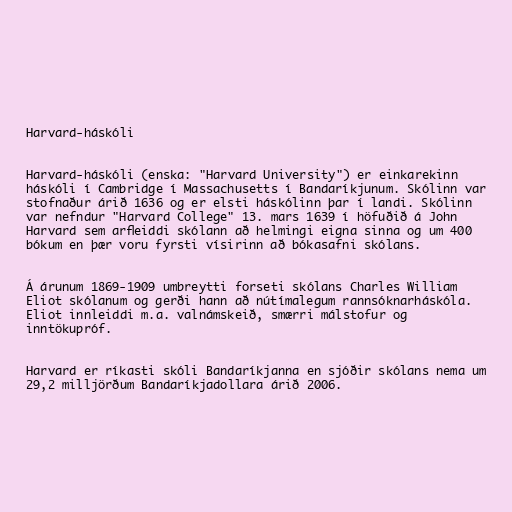
Harvard-háskóli

Harvard-háskóli (enska: "Harvard University") er einkarekinn
háskóli í Cambridge í Massachusetts í Bandaríkjunum. Skólinn var
stofnaður árið 1636 og er elsti háskólinn þar í landi. Skólinn
var nefndur "Harvard College" 13. mars 1639 í höfuðið á John
Harvard sem arfleiddi skólann að helmingi eigna sinna og um 400
bókum en þær voru fyrsti vísirinn að bókasafni skólans.

Á árunum 1869-1909 umbreytti forseti skólans Charles William
Eliot skólanum og gerði hann að nútímalegum rannsóknarháskóla.
Eliot innleiddi m.a. valnámskeið, smærri málstofur og
inntökupróf.

Harvard er ríkasti skóli Bandaríkjanna en sjóðir skólans nema um
29,2 milljörðum Bandaríkjadollara árið 2006.